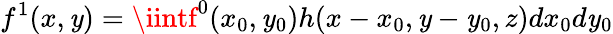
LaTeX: f^{1}(x,\mathit{y})=\iintf^{0}(x_{0},\mathit{y}_{0})h(x-x_{0},\mathit{y}-\mathit{y}_{0},z)dx_{0}d\mathit{y}_{0}